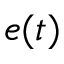
e ( t )